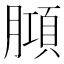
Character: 𭩆